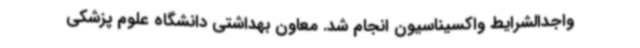
واجدالشرایط واکسیناسیون انجام شد. معاون بهداشتی دانشگاه علوم پزشکی